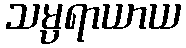
သမ္ပရာယာယ